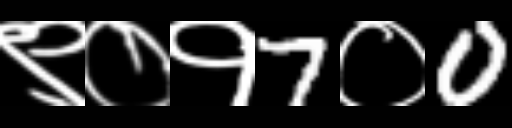
Text: ९०१7०0